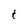
Character: t